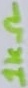
Text: 1KΩ